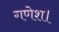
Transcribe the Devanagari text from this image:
गणेश।